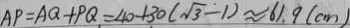
A P = A Q + P Q = 4 0 + 3 0 ( \sqrt { 3 } - 1 ) \approx 6 1 . 9 ( c m )